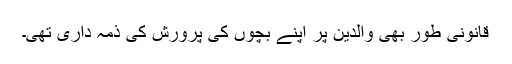
قانونی طور بھی والدین پر اپنے بچوں کی پرورش کی ذمّہ داری تھی۔